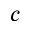
\boldsymbol { c }